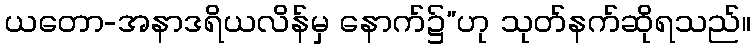
ယတော-အနာဒရိယလိန်မှ နောက်၌”ဟု သုတ်နက်ဆိုရသည်။